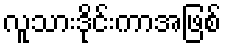
လူသားဒိုင်းကာအဖြစ်